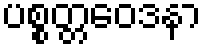
ပစ္စတ္တဝေဒနာ